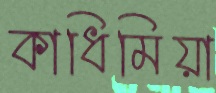
কাধিমিয়া